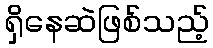
ရှိနေဆဲဖြစ်သည့်